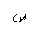
Letter: _sad